Parnu-Viljandi_kinnistusamet, lk 169
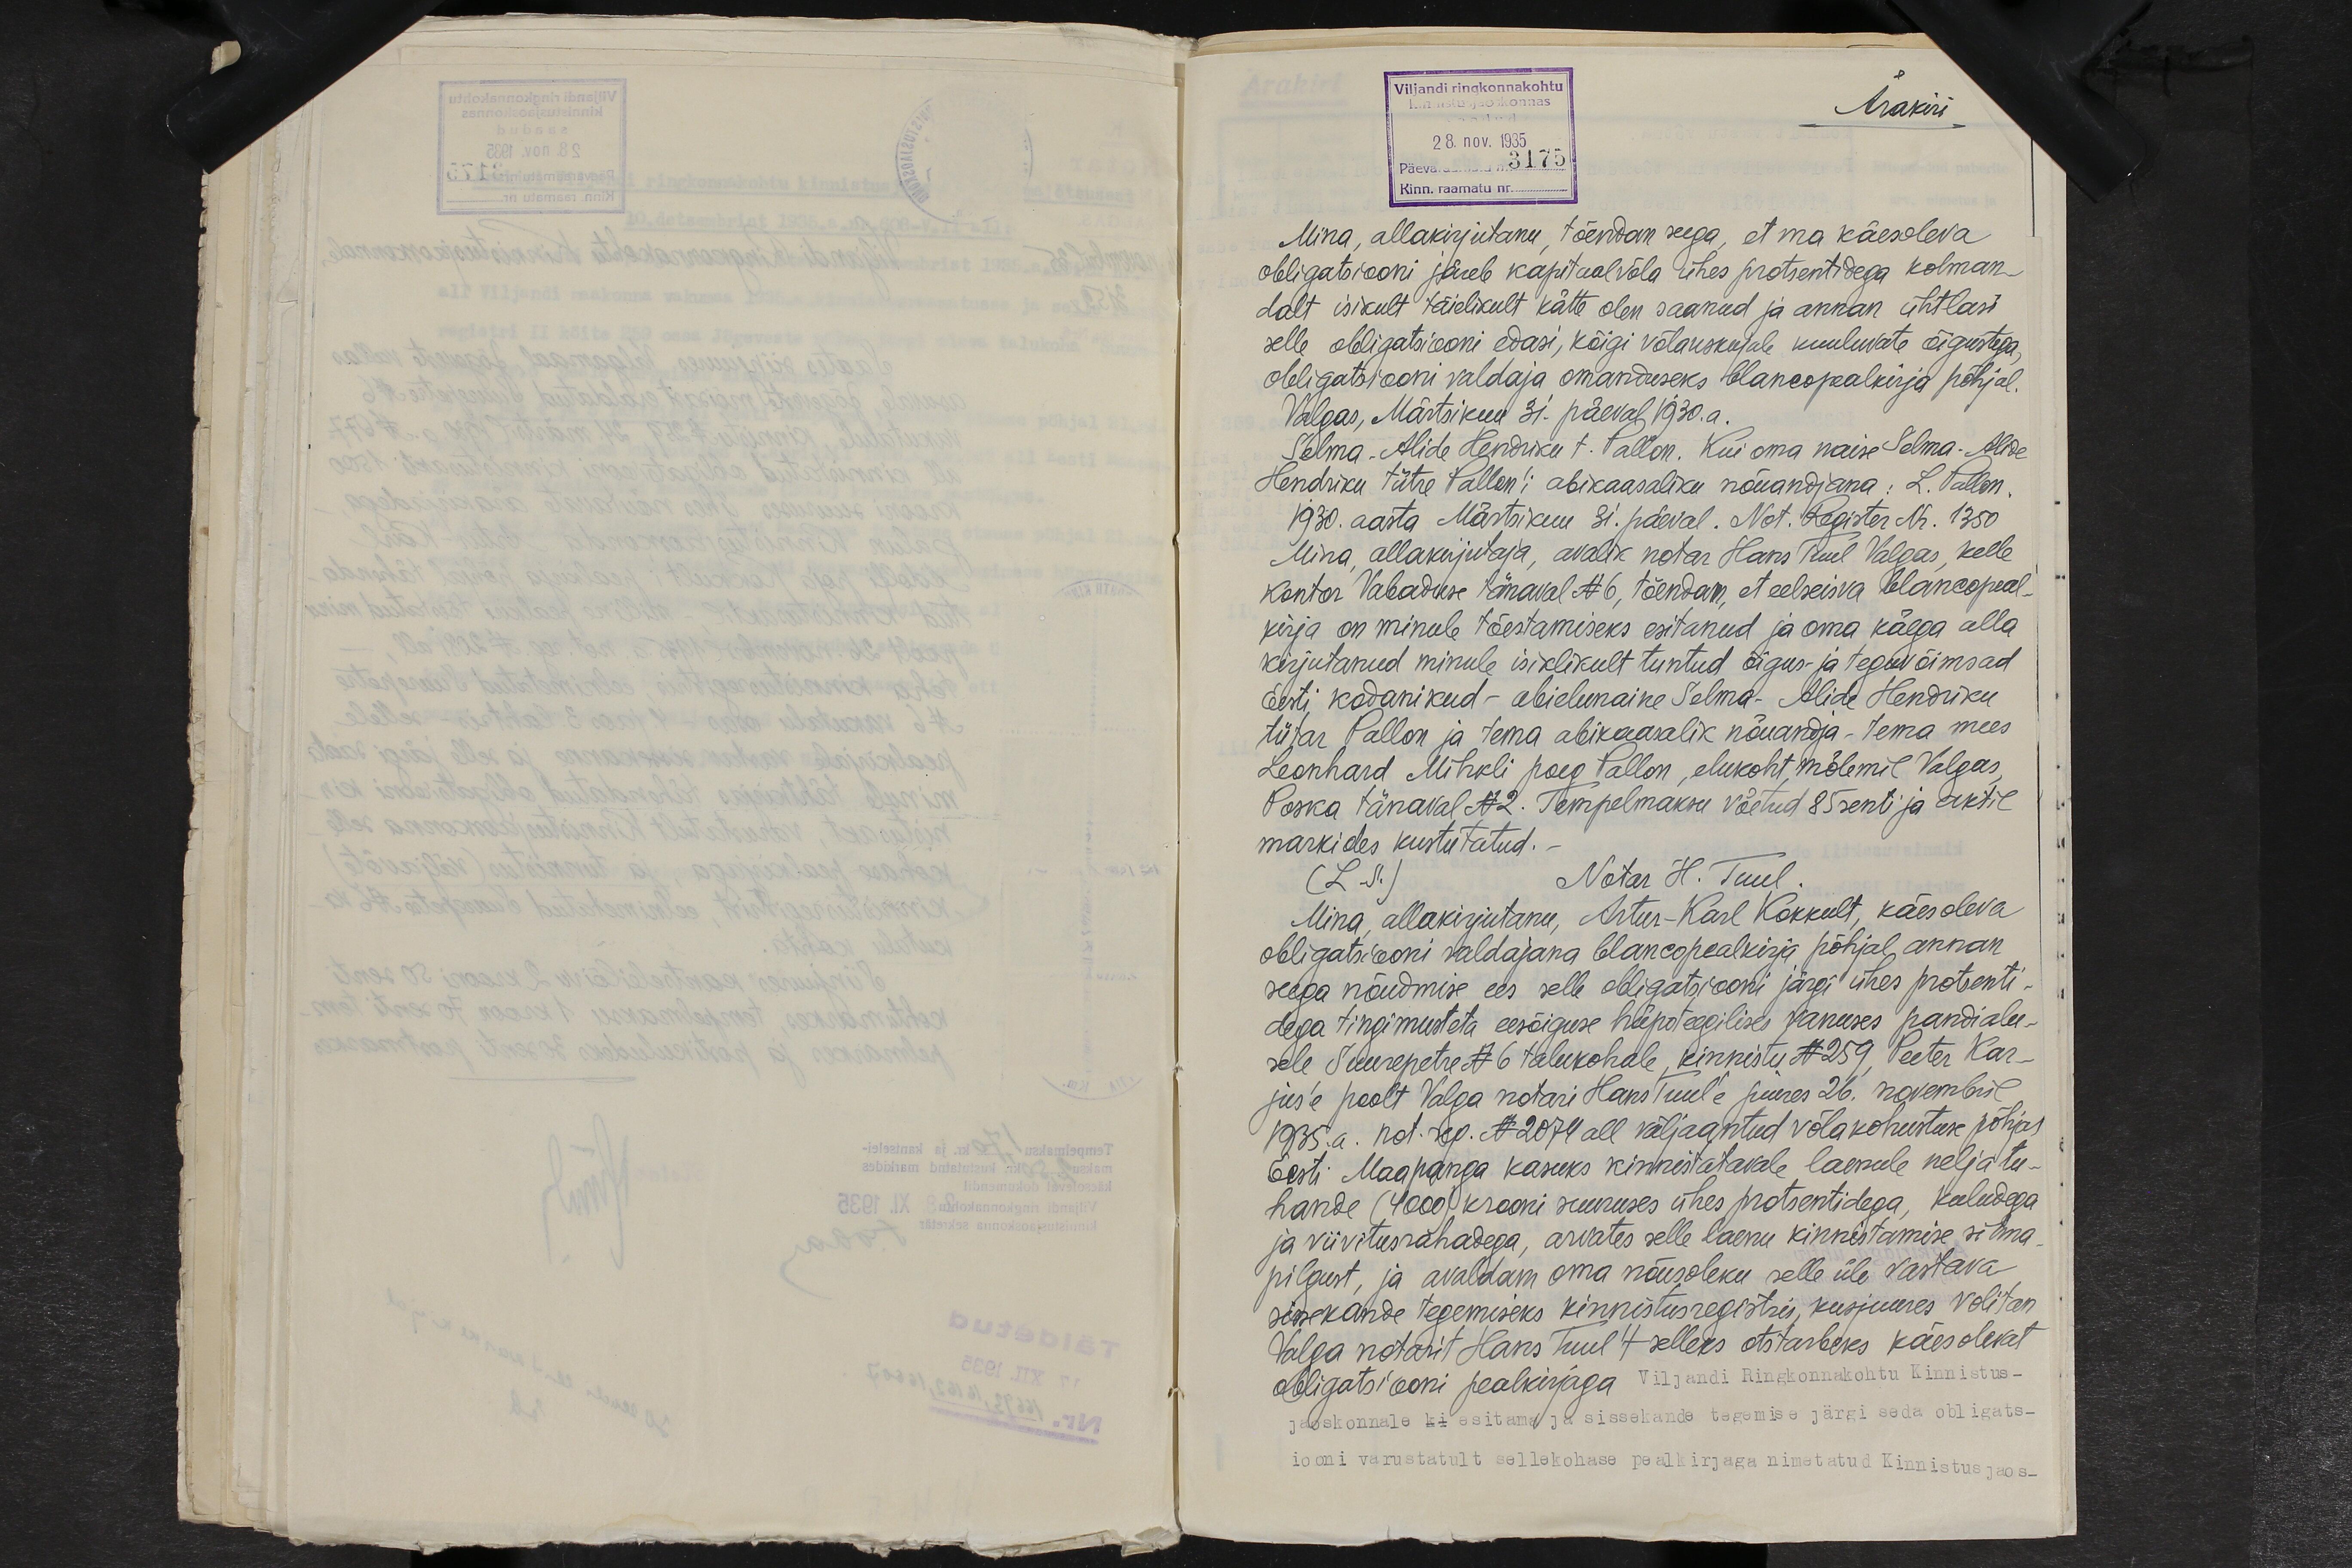
Viljandi ringkonnakohtu
Ärakiri
28. nov. 1935
Päevaraamatu nr: 3175
Kinn. raamatu nr
Mina, allakirjutanu, tõendan seega, et ma käesoleva
obligatsiooni järele kapitaalvõla ühes protsentidega kolman-
dalt isikult täielikult kätte olen saanud ja annan ühtlasi
selle obligatsiooni edasi, kõigi võlauskujale kuuluvate õigustega,
obligatsiooni valdaja omanduseks blancopealkirja põhjal.
Valgas, Märtsikuu 31. päeval 1930.a.
Selma-Alide Hendriku t. Pallon. Kui oma naise Selma-Alide
Hendriku tütre Pallon'i abikaasaliku nõuandjana: L. Pallon.
1930. aasta Märtsikuu 31. päeval. Not. Register Nr. 1350
Mina, allakirjutaja, avalik notar Hans Tuul Valgas, kelle
kontor Vabaduse tänaval N6, tõendan, et eelseisva blancopeal-
kirja on minule tõestamiseks esitanud ja oma käega alla
kirjutanud minule isiklikult tuntud õigus- ja teguvõimsad
Eesti kodanikud - abielunaine Selma-Alide Hendriku
tütar Pallon ja tema abikaasalik nõuandja - tema mees
Leonhard Mihkli poeg Pallon, elukoht mõlemil Valgas,
Poska tänaval N2. Tempelmaksu võetud 85 senti ja aktil
markides kustutatud.
(L.P.) Notar H. Tuul.
Mina, allakirjutanu, Artur-Karl Kokkult, käesoleva
obligatsiooni valdajana blancopealkirja põhjal annan
seega nõudmise ees selle obligatsiooni järgi ühes protsenti-
dega tingimusteta eesõiguse hüpoteegilise vanuses pandialu-
sele Suurepetre N 6 talukohale, kinnistu N 259, Peeter Kar-
jus'e poolt Valga notari Hans Tuul'e juures 26. novembril
1935.a. not. reg. N 2074 all väljaantud võlakohustuse põhjal
Eesti Maapanga kasuks kinnistatavale laenule neljatu-
hande (4000) krooni suuruses ühes protsentidega, kuludega
ja viivitusrahadega, arvates selle laenu kinnistamise silma-
pilgust, ja avaldam oma nõusoleku selle üle vastava
sissekande tegemiseks kinnistusregistris, kusjuures volitan
Valga notarit Hans Tuul´t selleks otstarbeks käesolevat
obligatsiooni pealkirjaga Viljandi Ringkonnakohtu Kinnistus-
jaoskonnale ki esitama ja sissekande tegemise järgi seda obligats-
iooni varustatult sellekohase peakirjaga nimetatud Kinnistusjaos_